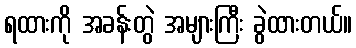
ရထားကို အခန်းတွဲ အများကြီး ခွဲထားတယ်။